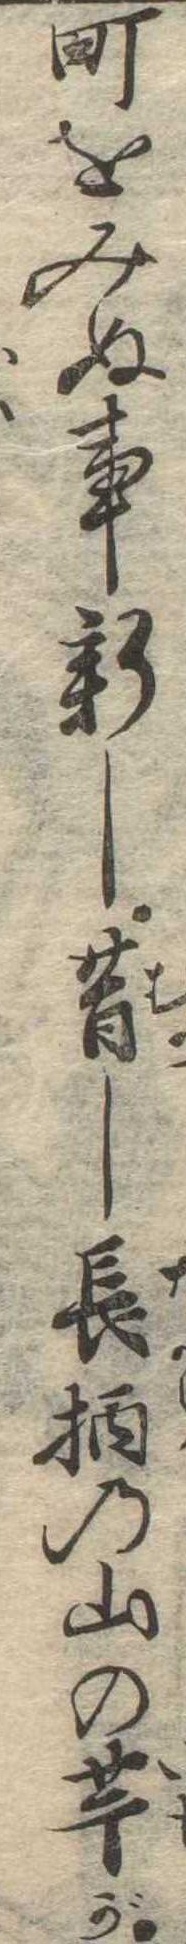
町をみぬ事新し昔し長柄の山の芋が